Statistical return of the lunatic asylum in Assam - 1912-1932
Year: 1912
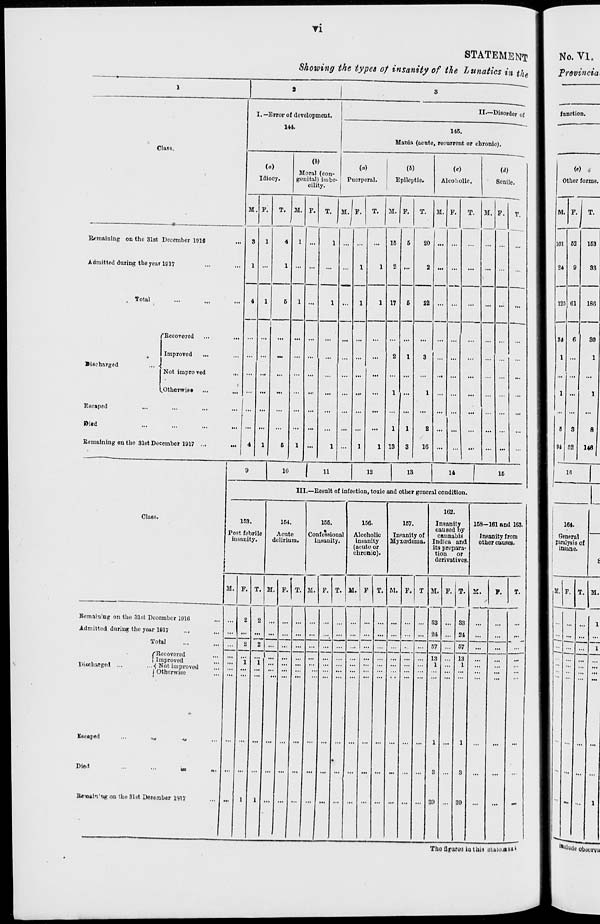
ri
STATEMENT
Showing the types of insanity of the lunatics in th e
1
1
I.—Error of dovolopmont.
144.
II.—Disord er of
Glass.
145.
Mania (acute, recurrent or chronio).
Idiocy.
(i)
Moral (con-
genital) imbe-
cility.
to
Puerperal.
1
(b)
Epileptic.
(c)
Alcoholic.
(d)
Senile.
M. P.
T. M. F. T. M. F.
T.
M. F.
T.
M. F.
T. M. F.
T.
Remaining on the 31st December 1916
Admitted during the year 1017
S
1
1 ...
4
1
4
1
6
1
1
...
1
1
" — *
1
1
1
16
2
17
6
20
2
. Total
1
5
22
i
...
...
•iseharged
... •
Escaped
Died
Remaining on the 31st De
'Becovered
Improved
Not improved
...
..Otherwise ..,
cember 1917 ...
...
4
1
1
6
1
...
1
l
1
2
1
13
1
...
1
3
3
1
2
10
...
...
...
...
...
i
9
10
1
11
12
13
14
16
III.—Eesult of infection, toxic and other general condition.
Class.
153.
Post febrile
insanity.
154.
Acute
delirium.
Coi
i
1G5.
lfcssional
nsanity.
156.
Alcoholic
insanity
(acuto or
chronic).
167.
InFanity of
Myxcedeuia.
162.
Inaanity
caused by
cannabis
Indica and
its prepara-
tion
or
derivatives.
168-161 and 163.
Insanity from
other causes.
M. F . T. M. P. T. M. P. T. M. P T. M. F. T M. F. T.
S3
21
V
F.
T.
Eemaiuing on the 31st December 1916
Admitted during the year 1817
...
1
2
2
2
2~
i "i
I
... "...
...
...
...
... ... ... ... S3
21
...
...
m.
■ -
Total
... -.
...
... 57 ... 67
...
...
f,
Discharged ...
...-{
1
IV. taped
...
, M
Did
Be oaii MK on the 31 -t De:e
tccovered
mproved
Not improved
Otherwise
m
m ,
aober 1917
18
1
1
3
39
...
13
1
1
3
39
...
...
No. VI.
Provincia
function.
(«)
Othor forms.
M. F.
T.
101 62
163
24 9
33
125 61
186
—
24 6
30
1 ...
1
1 ...
1
6 3
8
84 52
146
ir.
164.
i General
' paralysis of
! insane.
M. F. T.
-lil -
... ...
M.
The flyuruj iutlin dUwaw'
'*°iude obwrya